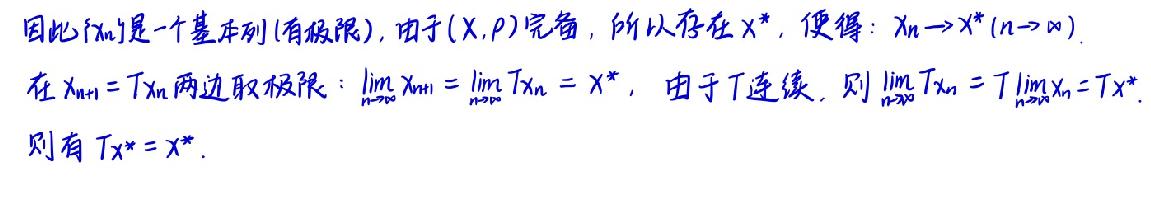
因此 $\{x_n\}$ 是一个基本列(有极限), 由于 $(X, \rho)$ 完备, 所以存在 $x^*$, 使得: $x_n \to x^* (n \to \infty)$.
在 $x_{n + 1} = Tx_n$ 两边取极限: $\lim_{n \to \infty} x_{n + 1} = \lim_{n \to \infty} Tx_n = x^*$, 由于 $T$ 连续, 则 $\lim_{n \to \infty} Tx_n = T\lim_{n \to \infty} x_n = Tx^*$.
则有 $Tx^* = x^*$.